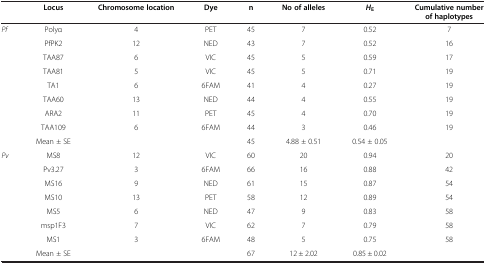
<table><thead><tr><td><b> </b></td><td><b>Locus</b></td><td><b>Chromosome location</b></td><td><b>Dye</b></td><td><b>n</b></td><td><b>No of alleles</b></td><td><b><i>H</i><sub>E</sub></b></td><td><b>Cumulative number of haplotypes</b></td></tr></thead><tbody><tr><td rowspan="9"><i>Pf</i></td><td>Polyα</td><td>4</td><td>PET</td><td>45</td><td>7</td><td>0.52</td><td>7</td></tr><tr><td>PfPK2</td><td>12</td><td>NED</td><td>43</td><td>7</td><td>0.52</td><td>16</td></tr><tr><td>TAA87</td><td>6</td><td>VIC</td><td>45</td><td>5</td><td>0.59</td><td>17</td></tr><tr><td>TAA81</td><td>5</td><td>VIC</td><td>45</td><td>5</td><td>0.71</td><td>19</td></tr><tr><td>TA1</td><td>6</td><td>6FAM</td><td>41</td><td>4</td><td>0.27</td><td>19</td></tr><tr><td>TAA60</td><td>13</td><td>NED</td><td>44</td><td>4</td><td>0.55</td><td>19</td></tr><tr><td>ARA2</td><td>11</td><td>PET</td><td>45</td><td>4</td><td>0.70</td><td>19</td></tr><tr><td>TAA109</td><td>6</td><td>6FAM</td><td>44</td><td>3</td><td>0.46</td><td>19</td></tr><tr><td>Mean ± SE</td><td> </td><td> </td><td>45</td><td>4.88 ± 0.51</td><td>0.54 ± 0.05</td><td> </td></tr><tr><td rowspan="8"><i>Pv</i></td><td>MS8</td><td>12</td><td>VIC</td><td>60</td><td>20</td><td>0.94</td><td>20</td></tr><tr><td>Pv3.27</td><td>3</td><td>6FAM</td><td>66</td><td>16</td><td>0.88</td><td>42</td></tr><tr><td>MS16</td><td>9</td><td>NED</td><td>61</td><td>15</td><td>0.87</td><td>54</td></tr><tr><td>MS10</td><td>13</td><td>PET</td><td>58</td><td>12</td><td>0.89</td><td>54</td></tr><tr><td>MS5</td><td>6</td><td>NED</td><td>47</td><td>9</td><td>0.83</td><td>58</td></tr><tr><td>msp1F3</td><td>7</td><td>VIC</td><td>62</td><td>7</td><td>0.79</td><td>58</td></tr><tr><td>MS1</td><td>3</td><td>6FAM</td><td>48</td><td>5</td><td>0.75</td><td>58</td></tr><tr><td>Mean ± SE</td><td> </td><td> </td><td>67</td><td>12 ± 2.02</td><td>0.85 ± 0.02</td><td> </td></tr></tbody></table>